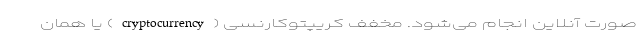
صورت آنلاین انجام می‌شود. مخفف کریپتوکارنسی (cryptocurrency) یا همان